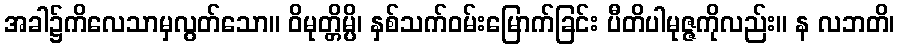
အခါ၌ကိလေသာမှလွတ်သော။ ဝိမုတ္တိမ္ပိ၊ နှစ်သက်ဝမ်းမြောက်ခြင်း ပီတိပါမုဇ္ဇကိုလည်း။ န လဘတိ၊